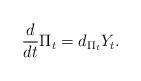
LaTeX: \begin{align*} \frac{d}{dt}\Pi_{t}=d_{\Pi_{t}}Y_{t}. \end{align*}